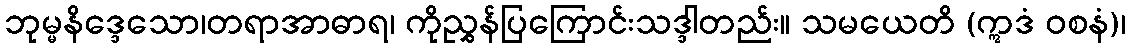
ဘုမ္မနိဒ္ဒေသော၊တရာအာဓာရ၊ ကိုညွှန်ပြကြောင်းသဒ္ဒါတည်း။ သမယေတိ (ဣဒံ ဝစနံ)၊